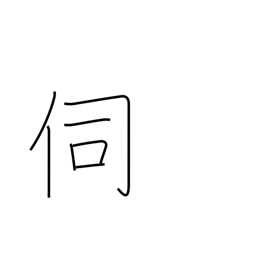
Meaning: question